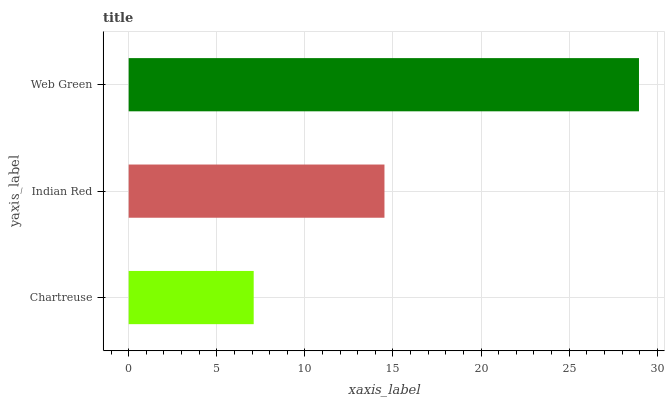
| yaxis_label | bars |
 | --- | --- |
 | Chartreuse | 7.1 |
 | Indian Red | 14.5 |
 | Web Green | 29 |